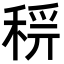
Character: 𥟝